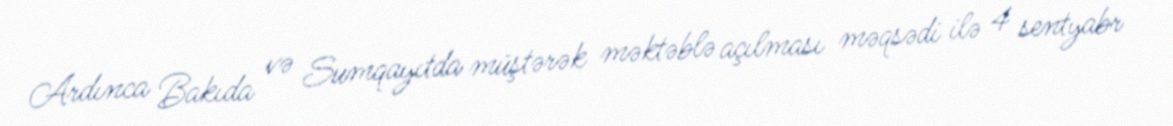
Ardınca Bakıda və Sumqayıtda müştərək məktəblə açılması məqsədi ilə 4 sentyabr